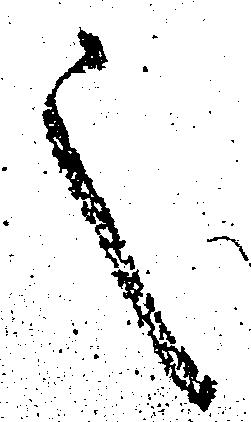
之